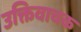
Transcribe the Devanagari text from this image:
उक्तिवाचक